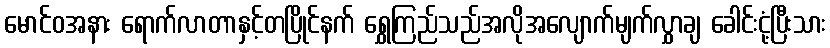
မောင်ဝအနား ရောက်လာတာနှင့်တပြိုင်နက် ရွှေကြည်သည်အလိုအလျောက်မျက်လွှာချ ခေါင်းငုံ့ပြီးသား